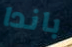
باندا